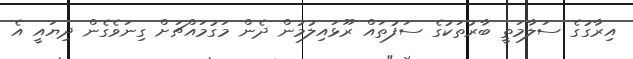
އިރާގުގެ ސަލާމަތީ ބާރުތަކުގެ ސަފުތައް ރޫޅައިލުމުން ދެން މަގުމައްޗަށް ގިނަވެގެން ދިޔައީ އެ